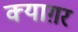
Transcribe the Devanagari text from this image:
क्याग़र